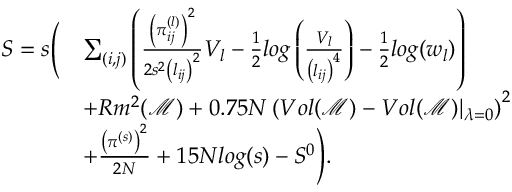
\begin{array} { r l } { S = s \Bigg ( } & { \sum _ { ( i , j ) } \left( \frac { \left( \pi _ { i j } ^ { ( l ) } \right) ^ { 2 } } { 2 s ^ { 2 } \left( l _ { i j } \right) ^ { 2 } } V _ { l } - \frac { 1 } { 2 } l o g \left( \frac { V _ { l } } { \left( l _ { i j } \right) ^ { 4 } } \right) - \frac { 1 } { 2 } l o g ( w _ { l } ) \right) } \\ & { + R m ^ { 2 } ( \mathcal { M } ) + 0 . 7 5 N \left( V o l ( \mathcal { M } ) - V o l ( \mathcal { M } ) \vert _ { \lambda = 0 } \right) ^ { 2 } } \\ & { + \frac { \left( \pi ^ { ( s ) } \right) ^ { 2 } } { 2 N } + 1 5 N l o g ( s ) - S ^ { 0 } \Bigg ) . } \end{array}